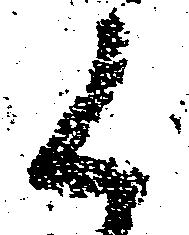
候